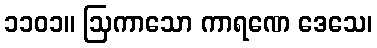
၁၁၀၁။ ဩကာသော ကာရဏေ ဒေသေ၊